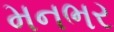
મનભર